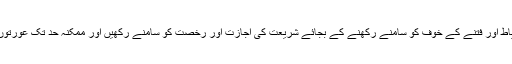
البتہ ہم مسلمانوں کو بھی چاہئے کہ اس معاملے میں احتیاط اور فتنے کے خوف کو سامنے رکھنے کے بجائے شریعت کی اجازت اور رخصت کو سامنے رکھیں اور ممکنہ حد تک عورتوں کے لیے مساجد میں انتظامات کرنے کی کوشش کریں۔